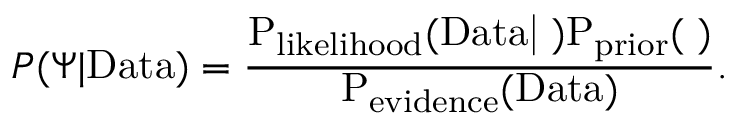
P ( \Psi | \mathrm { { D a t a } ) = \frac { P _ { \mathrm { { l i k e l i h o o d } } } ( \mathrm { { D a t a } | \Psi ) P _ { \mathrm { { p r i o r } } } ( \Psi ) } } { P _ { \mathrm { { e v i d e n c e } } } ( \mathrm { { D a t a } ) } } . }